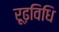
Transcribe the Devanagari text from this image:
रूढ़विधि